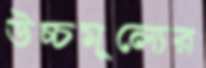
উচ্চমূল্যের